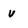
Character: v